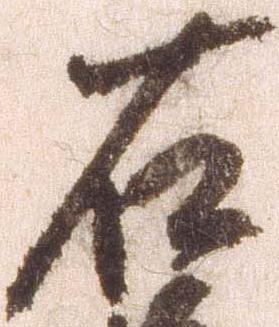
右